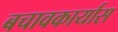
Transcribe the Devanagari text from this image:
बचावकार्यास